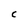
Character: C